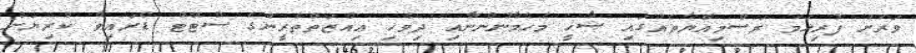
ވަރަށް ފުރިހަމަ ރަސްމިއްޔާތެއްގައި ޝާހީ މެހެމާނުންނާއި ދިވެހި ޢިއްޒަތްތެރީންގެ ސްޓޭޓް ޑްރައިވް ކުރިޔަށް